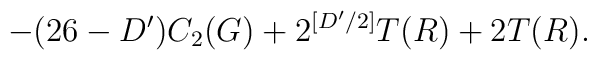
-(26-D')C_2(G)+2^{[D'/2]}T(R)+2T(R).